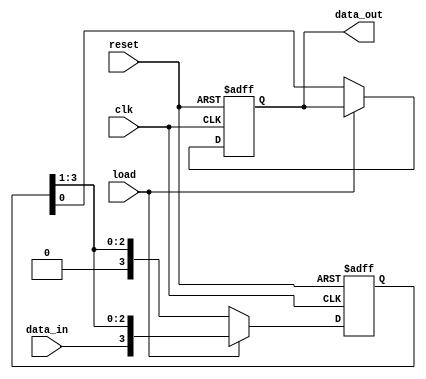
module PISO_shift_register (
input wire clk,
input wire reset,
input wire load,
input wire data_in,
output reg data_out
);

reg [3:0] shift_reg;

always @(posedge clk or posedge reset) begin
  if (reset) begin
    shift_reg <= 4'b0000;
    data_out <= 1'b0;
  end else begin
    if (load) begin
      shift_reg <= {data_in, shift_reg[3:1]};
    end else begin
      shift_reg <= {1'b0, shift_reg[3:1]};
      data_out <= shift_reg[0];
    end
  end
end

endmodule